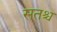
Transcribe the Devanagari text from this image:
सतश्च